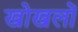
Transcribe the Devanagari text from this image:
खोखलों